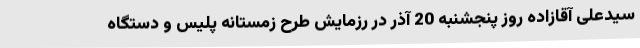
سیدعلی آقازاده روز پنجشنبه 20 آذر در رزمایش طرح زمستانه پلیس و دستگاه